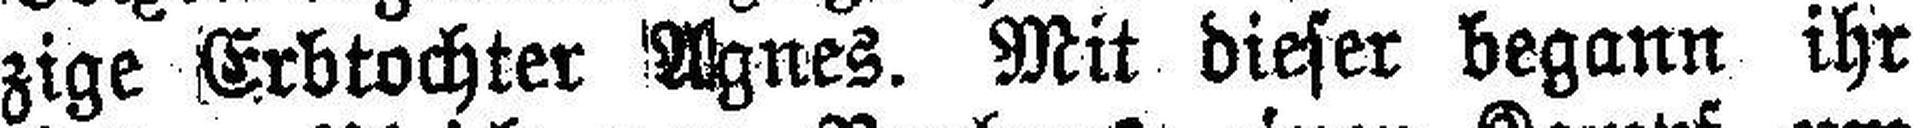
zige Erbtochter Agnes. Mit dieser begann ihr